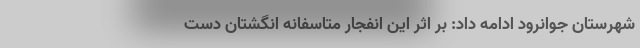
شهرستان جوانرود ادامه داد: بر اثر این انفجار متاسفانه انگشتان دست